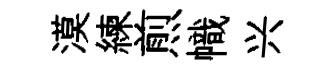
漠練煎幟兴